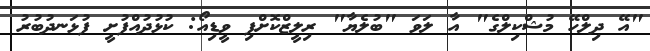
"އޭ ދިލްހޭ މުޝްކިލްގެ" އާ ލަވަ "ބުލެޔާ" ރިލީޒްކޮށްފި ވީޑިއޯ: ކުޅުދުއްފުށީ ފުޅަނދުބުރު